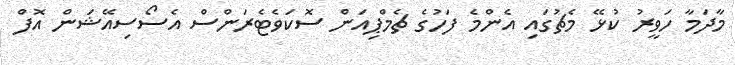
މާދަމާ ހަވީރު ކުޅޭ މެޗުގައި އެންމެ ފަހުގެ ޗެމްޕިއަން ސޮކަވެޓެރަންސް އެސޯސިއޭޝަން އޮފް